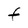
Character: f